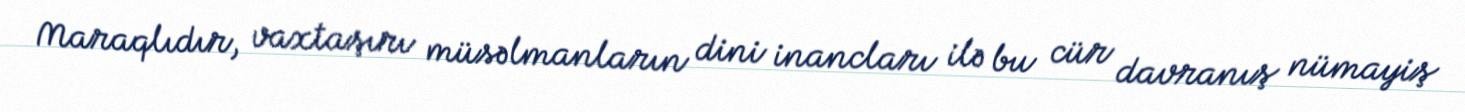
Maraqlıdır, vaxtaşırı müsəlmanların dini inancları ilə bu cür davranış nümayiş